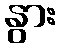
နွား